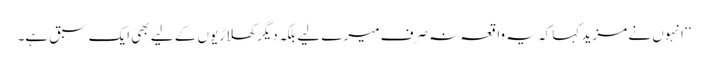
‘‘ انہوں نے مزید کہا کہ یہ واقعہ نہ صرف میرے لیے بلکہ دیگر کھلاڑیوں کے لیے بھی ایک سبق ہے۔